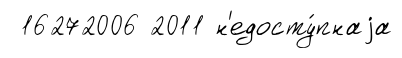
16272006 2011 н'едосту́пнаjа